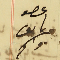
عصو واكىم